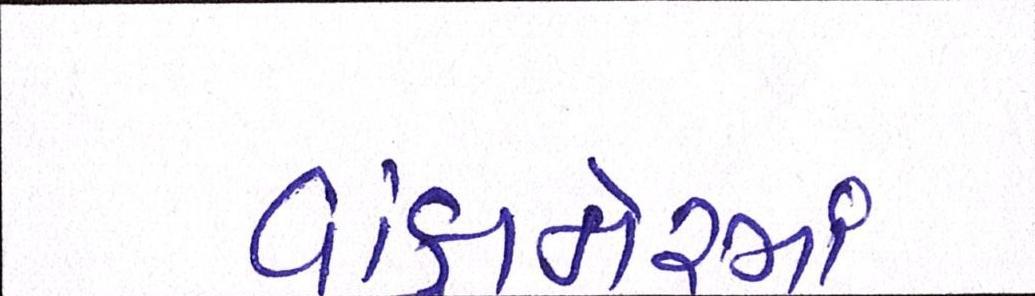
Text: વાંકાનેરમાં